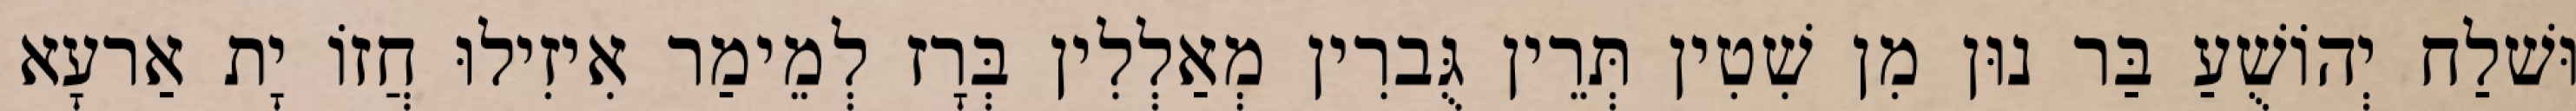
וּשׁלַח יְהוֹשֻׁעַ בַּר נוּן מִן שִׁטִין תְּרֵין גֻּברִין מְאַלְלִין בְּרָז לְמֵימַר אִיזִילוּ חֲזוֹ יָת אַרעָא